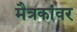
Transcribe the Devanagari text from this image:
मैत्रकांवर